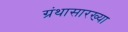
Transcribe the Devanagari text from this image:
ग्रंथासारख्या